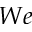
W e